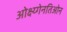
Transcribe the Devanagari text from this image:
ओक्ष्य्गेनतिओन